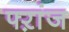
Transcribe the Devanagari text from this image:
फ्ऱांज